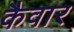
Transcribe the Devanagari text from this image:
कैवार